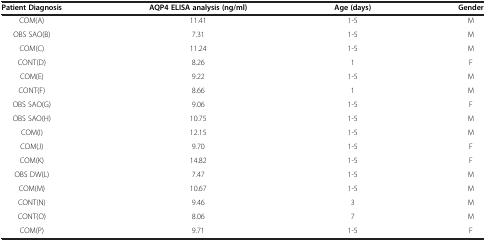
<table><thead><tr><td><b>Patient Diagnosis</b></td><td><b>AQP4 ELISA analysis (ng/ml)</b></td><td><b>Age (days)</b></td><td><b>Gender</b></td></tr></thead><tbody><tr><td>COM(A)</td><td>11.41</td><td>1-5</td><td>M</td></tr><tr><td>OBS SAO(B)</td><td>7.31</td><td>1-5</td><td>M</td></tr><tr><td>COM(C)</td><td>11.24</td><td>1-5</td><td>M</td></tr><tr><td>CONT(D)</td><td>8.26</td><td>1</td><td>F</td></tr><tr><td>COM(E)</td><td>9.22</td><td>1-5</td><td>M</td></tr><tr><td>CONT(F)</td><td>8.66</td><td>1</td><td>M</td></tr><tr><td>OBS SAO(G)</td><td>9.06</td><td>1-5</td><td>F</td></tr><tr><td>OBS SAO(H)</td><td>10.75</td><td>1-5</td><td>M</td></tr><tr><td>COM(I)</td><td>12.15</td><td>1-5</td><td>M</td></tr><tr><td>COM(J)</td><td>9.70</td><td>1-5</td><td>F</td></tr><tr><td>COM(K)</td><td>14.82</td><td>1-5</td><td>F</td></tr><tr><td>OBS DW(L)</td><td>7.47</td><td>1-5</td><td>M</td></tr><tr><td>COM(M)</td><td>10.67</td><td>1-5</td><td>M</td></tr><tr><td>CONT(N)</td><td>9.46</td><td>3</td><td>M</td></tr><tr><td>CONT(O)</td><td>8.06</td><td>7</td><td>M</td></tr><tr><td>COM(P)</td><td>9.71</td><td>1-5</td><td>F</td></tr></tbody></table>